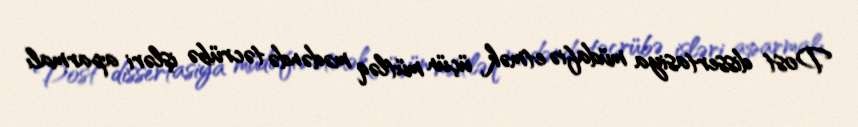
Dost dissertasiya müdafiə etmək üçün mütləq mədəndə təcrübə işləri aparmalı